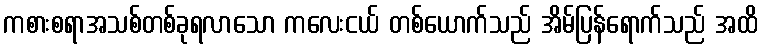
ကစားစရာအသစ်တစ်ခုရလာသော ကလေးငယ် တစ်ယောက်သည် အိမ်ပြန်ရောက်သည် အထိ